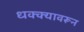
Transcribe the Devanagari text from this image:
धक्क्यावरून